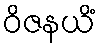
ဝိဇနယိံ